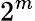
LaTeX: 2^{m}